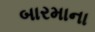
બારમાના